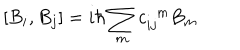
LaTeX: \left[ B _ { i } , B _ { j } \right] = i \hbar \sum _ { m } c _ { i j } ^ { \; \; m } B _ { m }